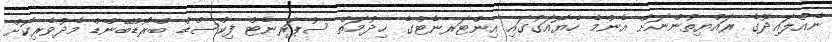
ނެއްލައިދޫގެ ރައްޔިތުންނަށް އެންމެ ހެޔޮއަގުގައި އިންޓަރނެޓްގެ ޚިދުމަތް ސުޕަރނެޓް ފިކްސްޑް ބްރޯޑްބޭންޑް މެދުވެރިކޮށް